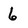
Character: 6